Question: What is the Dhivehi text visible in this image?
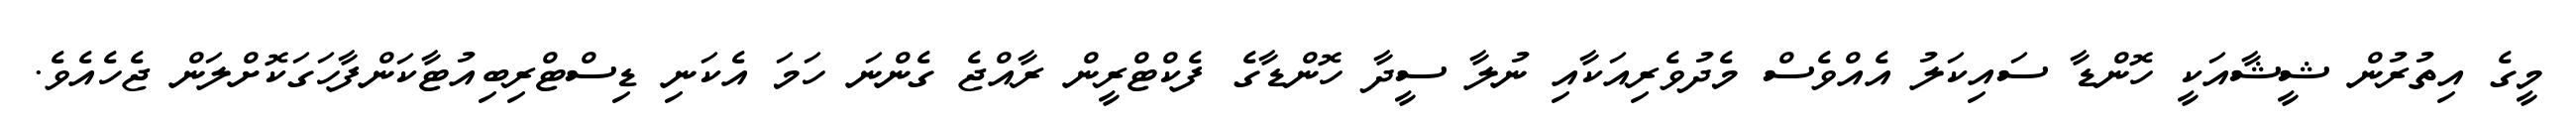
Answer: މީގެ އިތުރުން ޝީޝާއަކީ ހޮންޑާ ސައިކަލު އެއްވެސް މެދުވެރިއަކާއި ނުލާ ސީދާ ހޮންޑާގެ ފެކްޓްރީން ރާއްޖެ ގެންނަ ހަމަ އެކަނި ޑިސްޓްރިބިއުޓާކަންފާހަގަކޮށްލަން ޖެހެއެވެ.